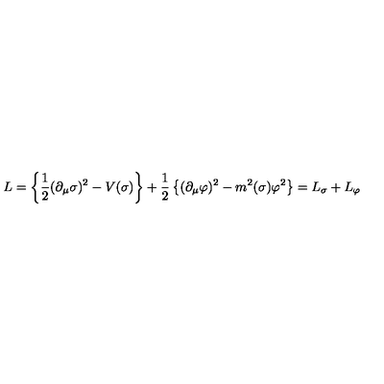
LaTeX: L = \left\{ \frac { 1 } { 2 } ( \partial _ { \mu } \sigma ) ^ { 2 } - V ( \sigma ) \right\} + \frac { 1 } { 2 } \left\{ ( \partial _ { \mu } \varphi ) ^ { 2 } - m ^ { 2 } ( \sigma ) \varphi ^ { 2 } \right\} = L _ { \sigma } + L _ { \varphi }